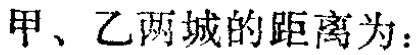
甲、乙两城的距离为：